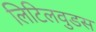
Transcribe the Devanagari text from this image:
लिटिलवुडस